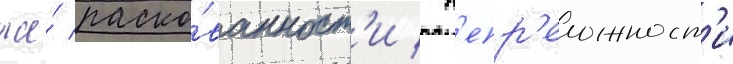
же́ раско́ванност'и / н'епр'еложност'и